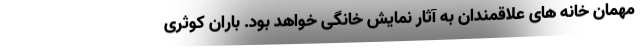
مهمان خانه های علاقمندان به آثار نمایش خانگی خواهد بود. باران کوثری